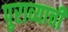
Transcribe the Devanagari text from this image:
पुराव्याची